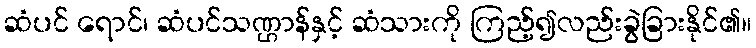
ဆံပင် ရောင်၊ ဆံပင်သဏ္ဌာန်နှင့် ဆံသားကို ကြည့်၍လည်းခွဲခြားနိုင်၏။